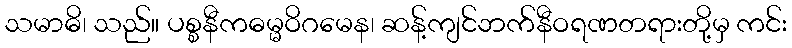
သမာဓိ၊ သည်။ ပစ္စနီကဓမ္မဝိဂမေန၊ ဆန့်ကျင်ဘက်နီဝရဏတရားတို့မှ ကင်း